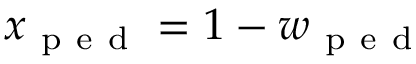
x _ { \mathrm { ~ p ~ e ~ d ~ } } = 1 - w _ { \mathrm { ~ p ~ e ~ d ~ } }